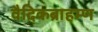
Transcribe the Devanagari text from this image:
वैदिकब्राहम्ण